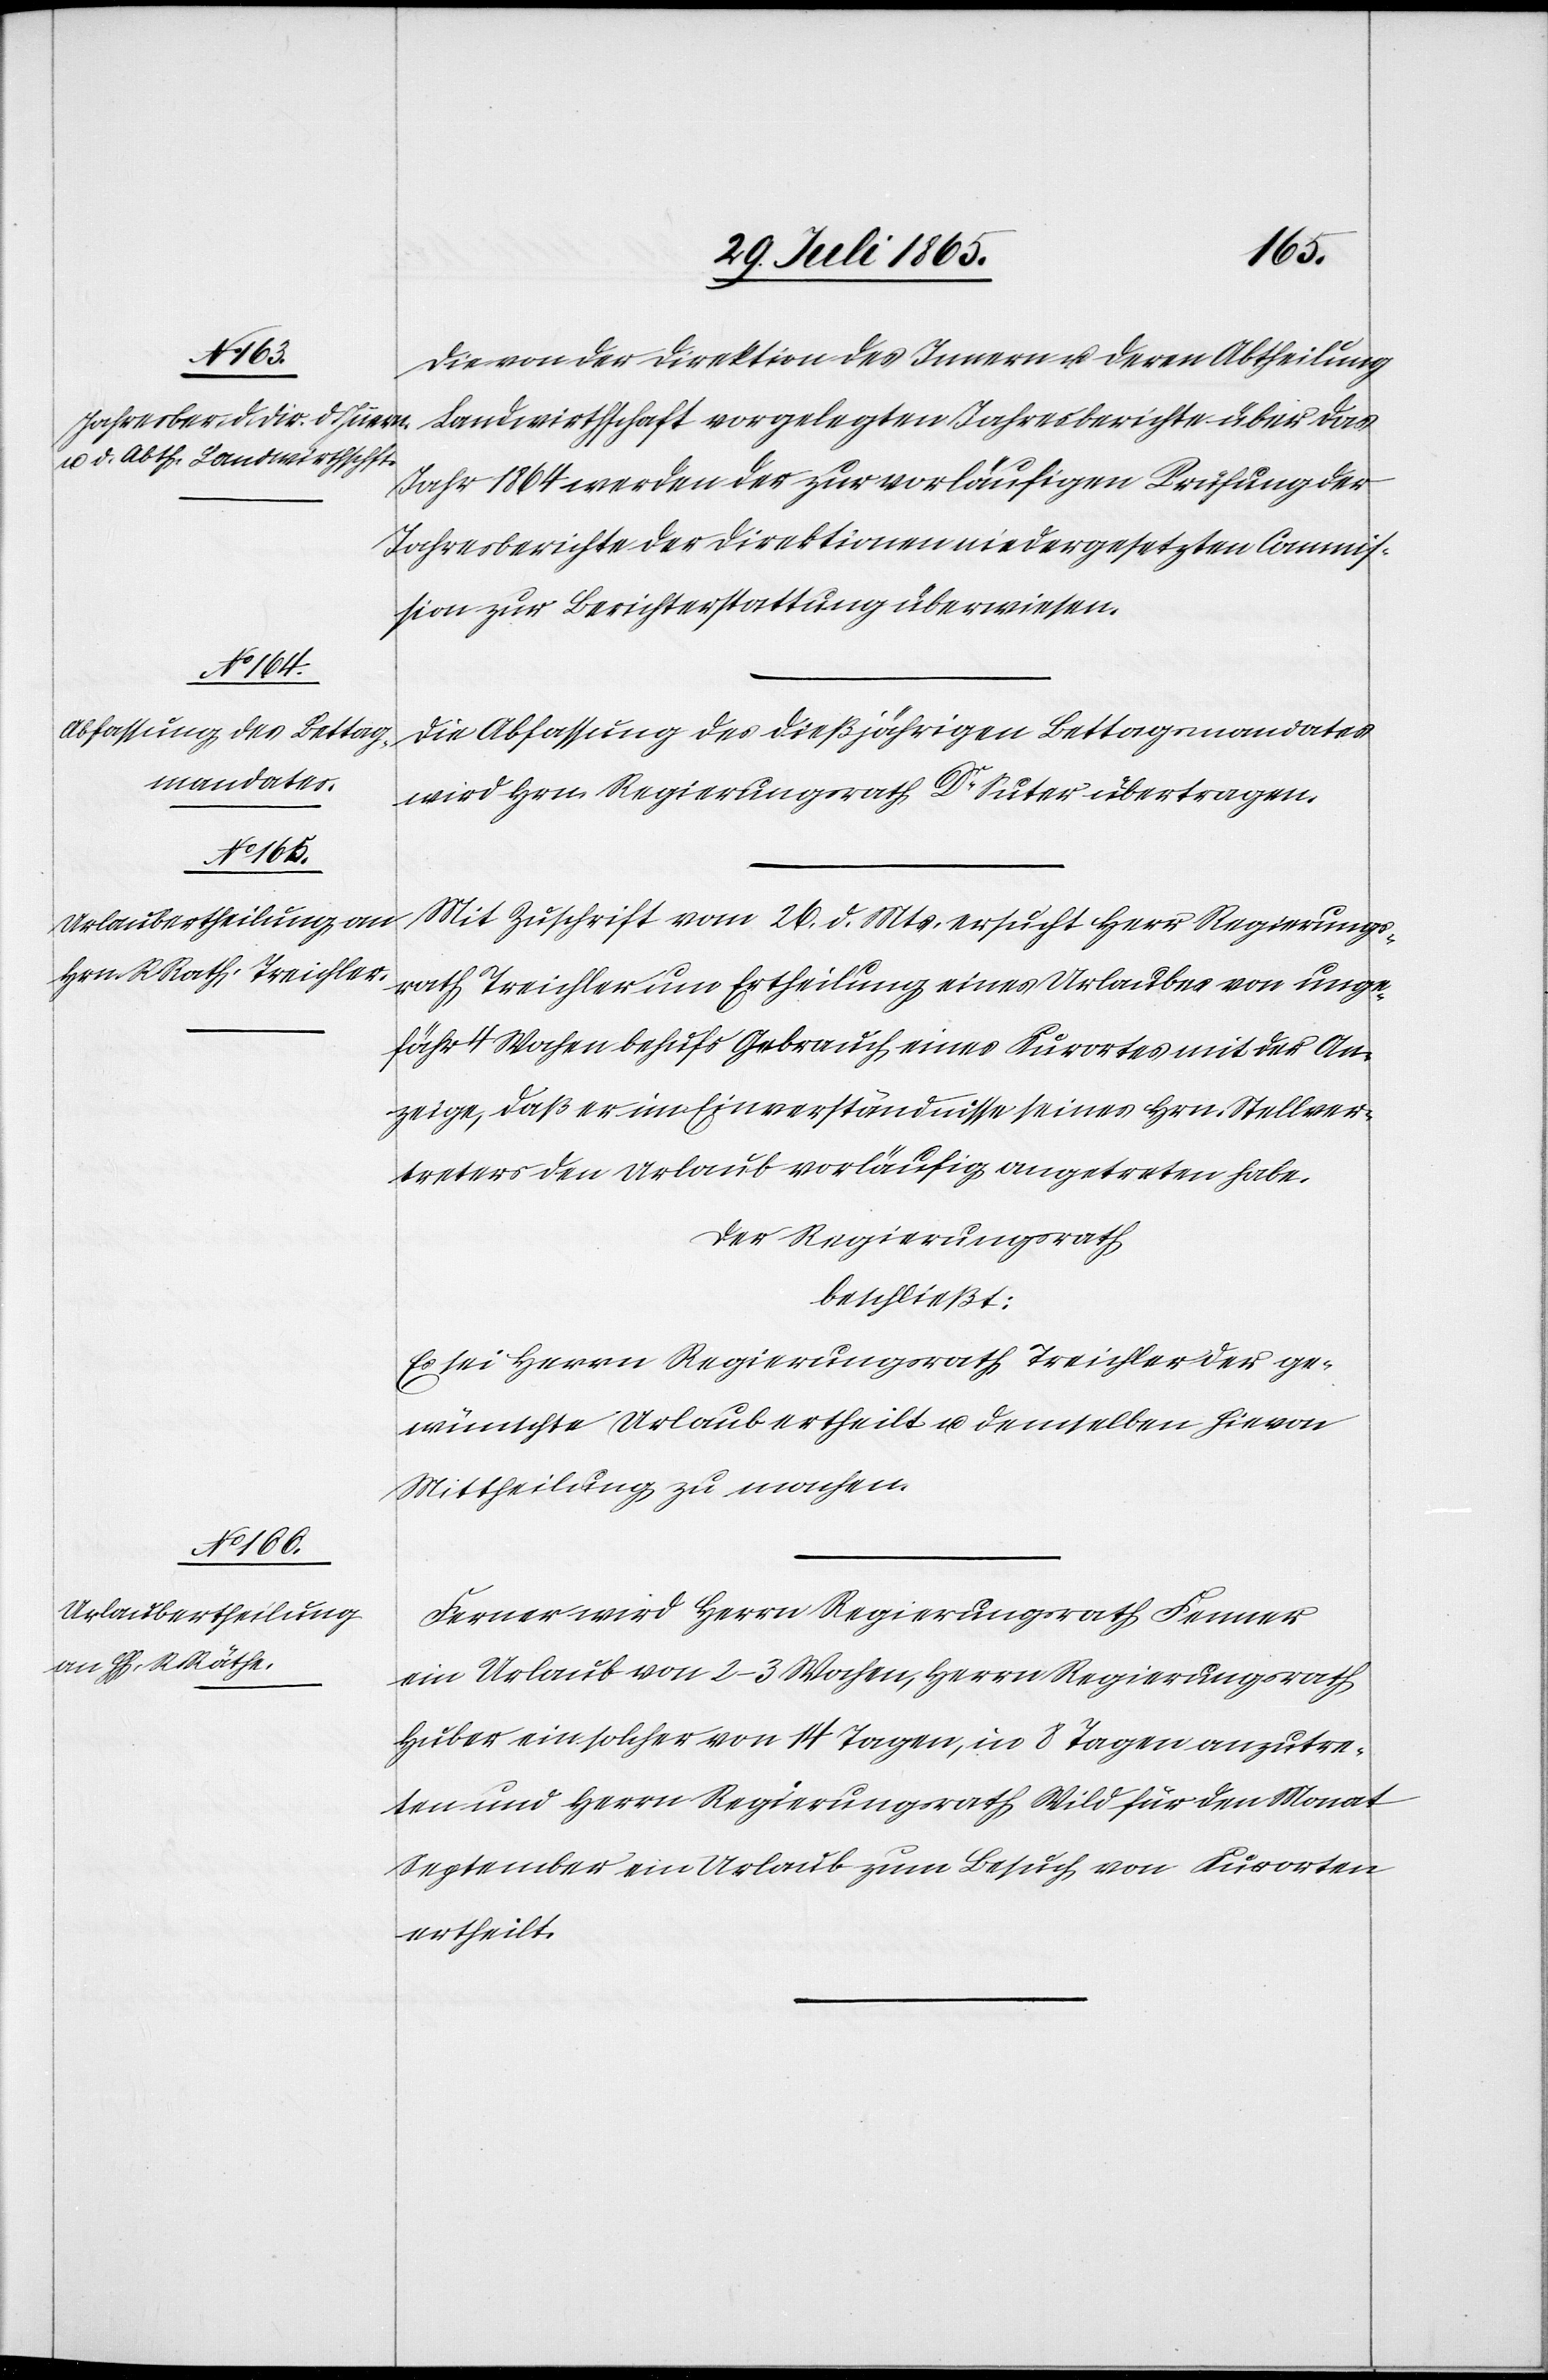
Die von der Direktion des Innern u. deren Abtheilung
Landwirthschaft vorgelegten Jahresberichte über das
Jahr 1864 werden der zur vorläufigen Prüfung der
Jahresberichte der Direktionen niedergesetzten Commis¬
sion zur Berichterstattung überwiesen.
Die Abfassung des dießjährigen Bettagsmandates
wird Hrn. Regierungsrath Dr Suter übertragen.
Mit Zuschrift vom 26. d. Mts. ersucht Herr Regierungs¬
rath Treichler um Ertheilung eines Urlaubes von unge¬
fähr 4 Wochen behufs Gebrauch eines Kurortes mit der An¬
zeige, daß er im Einverständnisse seines Hrn. Stellver¬
treters den Urlaub vorläufig angetreten habe.
Der Regierungsrath
beschließt:
Es sei Herrn Regierungsrath Treichler der ge¬
wünschte Urlaub ertheilt u. demselben hievon
Mittheilung zu machen.
Ferner wird Herrn Regierungsrath Fenner
ein Urlaub von 2–3 Wochen, Herrn Regierungsrath
Huber ein solcher von 14 Tagen, in 8 Tagen anzutre¬
ten und Herrn Regierungsrath Wild für den Monat
September ein Urlaub zum Besuch von Kurorten
ertheilt.